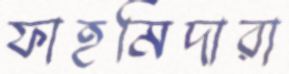
ফাহমিদারা